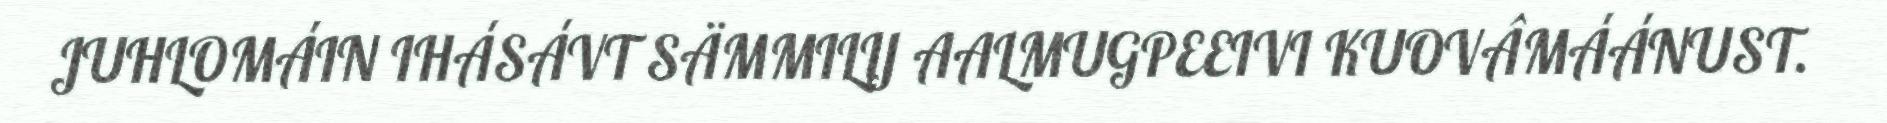
JUHLOMÁIN IHÁSÁVT SÄMMILIJ AALMUGPEEIVI KUOVÂMÁÁNUST.